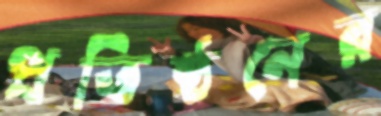
প্রতিষ্ঠনের